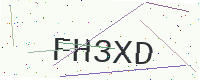
Text: FH3XD